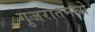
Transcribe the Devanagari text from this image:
गुजरातमघ्ये